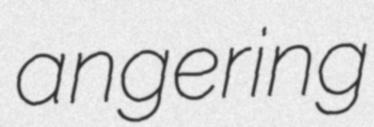
angering